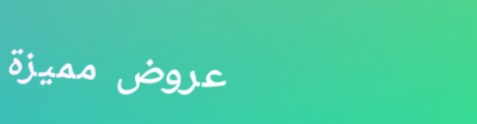
عروض مميزة